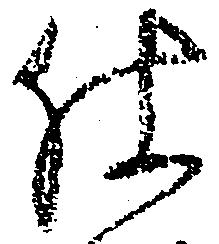
仕